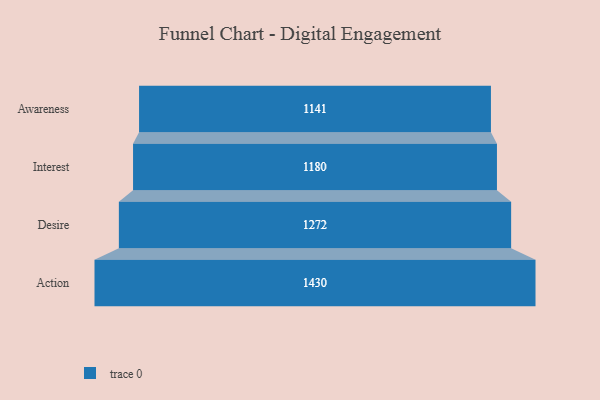
{"axis": {"x": "Stage", "y": "Value"}, "legend": [""], "data": [{"x": "Awareness", "y": 1141.0, "type": ""}, {"x": "Interest", "y": 1180.0, "type": ""}, {"x": "Desire", "y": 1272.0, "type": ""}, {"x": "Action", "y": 1430.0, "type": ""}]}